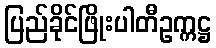
ပြည်ခိုင်ဖြိုးပါတီဥက္ကဋ္ဌ